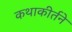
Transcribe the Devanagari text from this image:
कथाकीर्तने